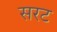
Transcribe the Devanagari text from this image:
सरट